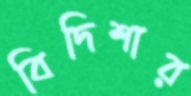
বিদিশার